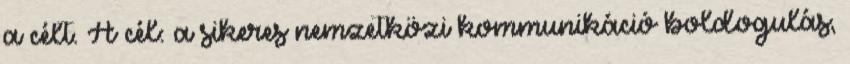
a célt. A cél: a sikeres nemzetközi kommunikáció boldogulás,